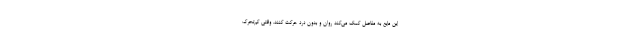
این مایع به مفاصل کمک می‌کند روان و بدون درد حرکت کنند. وقتی کم‌تحرک